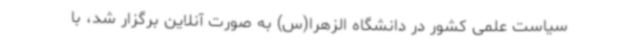
سیاست علمی کشور در دانشگاه الزهرا(س) به صورت آنلاین برگزار شد، با